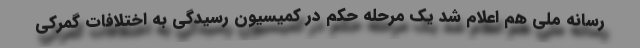
رسانه ملی هم اعلام شد یک مرحله حکم در کمیسیون رسیدگی به اختلافات گمرکی